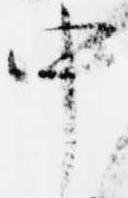
中